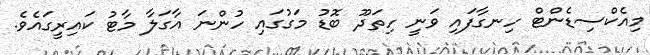
މިއެކްސިޑެންޓް ހިނގާފައި ވަނީ ހިތަދޫ ބޮޑު މަގުގައި ހުންނަ އާގަލާ މާޓު ކައިރީގައެވެ.